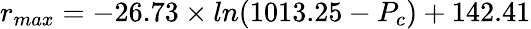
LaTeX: r_{max}=-26.73\times ln(1013.25-P_{c})+142.41